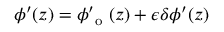
\phi ^ { \prime } ( z ) = \phi _ { \mathrm { ~ o ~ } } ^ { \prime } ( z ) + \epsilon \delta \phi ^ { \prime } ( z )